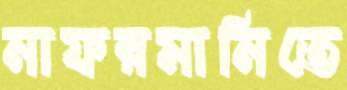
নাফরমানিতে